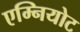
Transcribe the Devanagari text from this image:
एम्नियोट